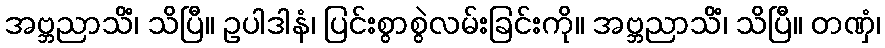
အဗ္ဘညာသိံ၊ သိပြီ။ ဥပါဒါနံ၊ ပြင်းစွာစွဲလမ်းခြင်းကို။ အဗ္ဘညာသိံ၊ သိပြီ။ တဏှံ၊